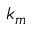
k _ { m }